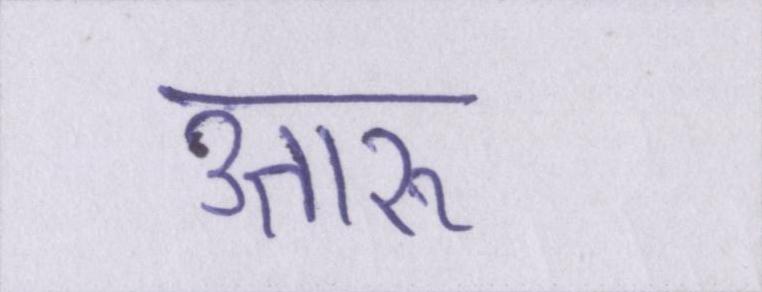
उतारू